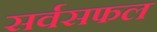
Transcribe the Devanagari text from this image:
सर्वसफल